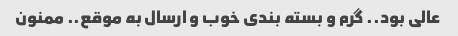
عالی بود.. گرم و بسته بندی خوب و ارسال به موقع.. ممنون